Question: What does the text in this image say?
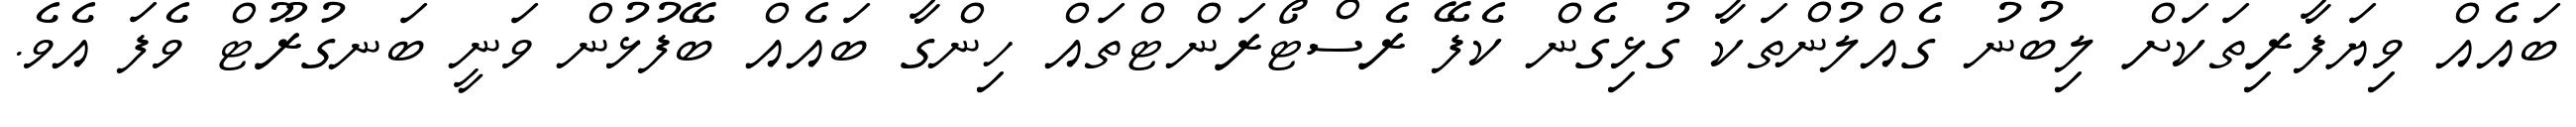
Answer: ބައެއް ވިޔަފާރިތަކަށް ލިބުނު ގެއްލުންތަކާ ގުޅިގެން ކެފޭ ރެސްޓޯރަންޓްތައް ހިންގާ ބައެއް ބޭފުޅުން ވަނީ ބަނގުރޫޓް ވެފަ އެވެ.